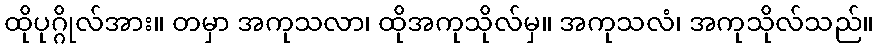
ထိုပုဂ္ဂိုလ်အား။ တမှာ အကုသလာ၊ ထိုအကုသိုလ်မှ။ အကုသလံ၊ အကုသိုလ်သည်။